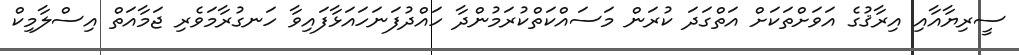
ސީރިޔާއާއި އިރާޤުގެ އަވަށްތަކަށް އަތްގަދަ ކުރަން މަސައްކަތްކުރަމުންދާ ހައްދުފަނަހައަޅާފައިވާ ހަނގުރާމަވެރި ޖަމާއަތް އިސްލާމިކް